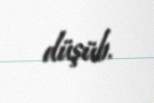
düşüb.